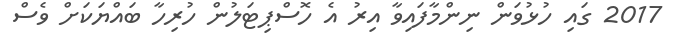
2017 ގައި ހުޅުވަން ނިންމާފައިވާ އިރު އެ ހޮސްޕިޓަލުން ހުރިހާ ބައްޔަކަށް ވެސް